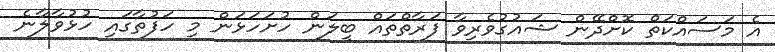
އެ މަސައްކަތް ކޮށްދޭން ޝައުގުވެރިވާ ފަރާތްތައް ބީލަން ހުށަހަޅަން މި ހަފުތާގައި ހުޅުވާލާނެ